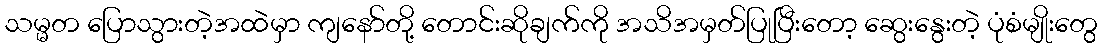
သမ္မတ ပြောသွားတဲ့အထဲမှာ ကျနော်တို့ တောင်းဆိုချက်ကို အသိအမှတ်ပြုပြီးတော့ ဆွေးနွေးတဲ့ ပုံစံမျိုးတွေ